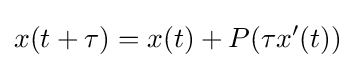
x(t+\tau )=x(t)+P(\tau x'(t))